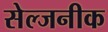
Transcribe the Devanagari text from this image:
सेल्जनीक